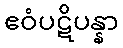
ဧဝံပဋိပန္နာ